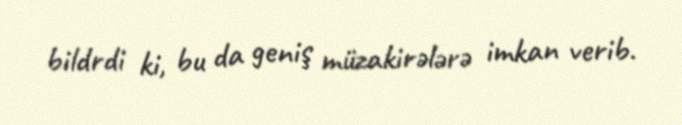
bildrdi ki, bu da geniş müzakirələrə imkan verib.